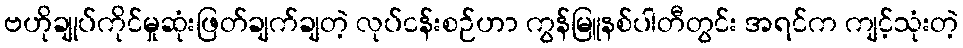
ဗဟိုချုပ်ကိုင်မှုဆုံးဖြတ်ချက်ချတဲ့ လုပ်ငန်းစဉ်ဟာ ကွန်မြူနစ်ပါတီတွင်း အရင်က ကျင့်သုံးတဲ့